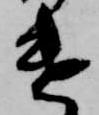
遣